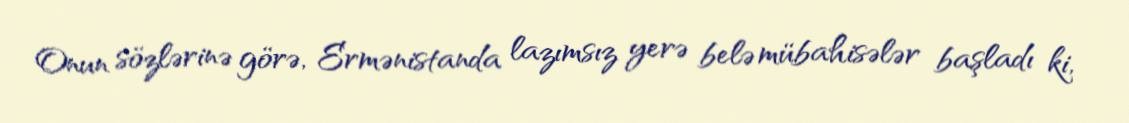
Onun sözlərinə görə, Ermənistanda lazımsız yerə belə mübahisələr başladı ki,